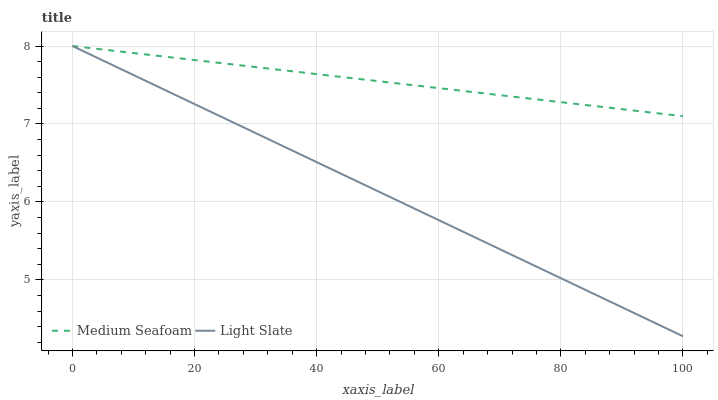
| xaxis_label | Medium Seafoam | Light Slate |
 | --- | --- | --- |
 | 0 | 8 | 8 |
 | 14.3 | 7.87 | 7.47 |
 | 28.6 | 7.74 | 6.94 |
 | 42.9 | 7.61 | 6.4 |
 | 57.1 | 7.49 | 5.87 |
 | 71.4 | 7.36 | 5.34 |
 | 85.7 | 7.23 | 4.81 |
 | 100 | 7.1 | 4.28 |